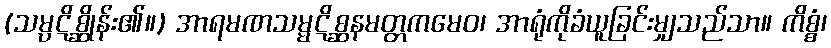
(သမ္ပဋိစ္ဆိုန်း၏။) အာရမဏသမ္မဋိစ္ဆနမတ္တကမေဝ၊ အာရုံကိုခံယူခြင်းမျှသည်သာ။ ကိစ္စံ၊